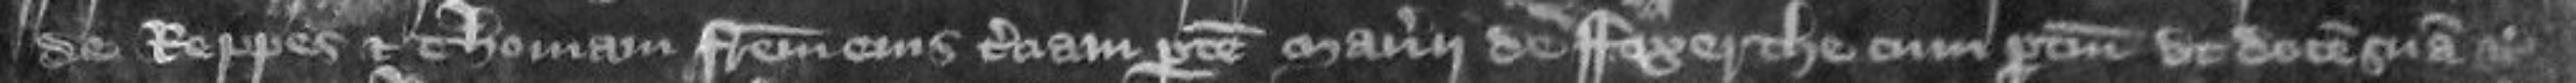
de Reppes et Thomam fratrem eius terciam partem manerii de Foxerthe cum pertinenciis ut dotem suam etc